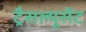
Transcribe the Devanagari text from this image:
ट्रैसल्यूसेंट